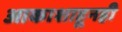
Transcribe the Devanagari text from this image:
आकाशाहूनही